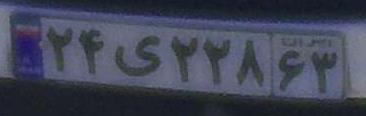
۲۴ی۲۲۸۶۳